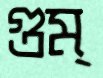
গুম্‌